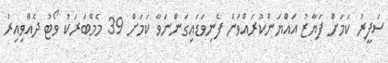
ސަފީރު ކަމަށް ފަޔާޒު އައްޔަންކުރައްވަން ފެނިވަޑައިގަންނަވާ ކަމަށް 39 މެމްބަރަކު ވޯޓު ދެއްވިއިރު